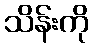
သိန်းကို